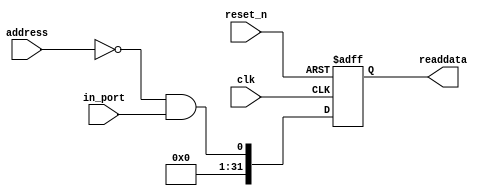
//Legal Notice: (C)2022 Altera Corporation. All rights reserved.  Your
//use of Altera Corporation's design tools, logic functions and other
//software and tools, and its AMPP partner logic functions, and any
//output files any of the foregoing (including device programming or
//simulation files), and any associated documentation or information are
//expressly subject to the terms and conditions of the Altera Program
//License Subscription Agreement or other applicable license agreement,
//including, without limitation, that your use is for the sole purpose
//of programming logic devices manufactured by Altera and sold by Altera
//or its authorized distributors.  Please refer to the applicable
//agreement for further details.

// synthesis translate_off
`timescale 1ns / 1ps
// synthesis translate_on

// turn off superfluous verilog processor warnings 
// altera message_level Level1 
// altera message_off 10034 10035 10036 10037 10230 10240 10030 

module final_project_platform_usb_gpx (
                                        // inputs:
                                         address,
                                         clk,
                                         in_port,
                                         reset_n,

                                        // outputs:
                                         readdata
                                      )
;

  output  [ 31: 0] readdata;
  input   [  1: 0] address;
  input            clk;
  input            in_port;
  input            reset_n;


wire             clk_en;
wire             data_in;
wire             read_mux_out;
reg     [ 31: 0] readdata;
  assign clk_en = 1;
  //s1, which is an e_avalon_slave
  assign read_mux_out = {1 {(address == 0)}} & data_in;
  always @(posedge clk or negedge reset_n)
    begin
      if (reset_n == 0)
          readdata <= 0;
      else if (clk_en)
          readdata <= {32'b0 | read_mux_out};
    end


  assign data_in = in_port;

endmodule